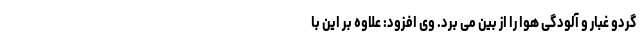
گردو غبار و آلودگی هوا را از بین می برد. وی افزود: علاوه بر این با